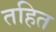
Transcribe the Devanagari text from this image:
तहित